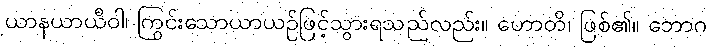
ယာနယာယီဝါ၊ ကြွင်းသောယာယဉ်ဖြင့်သွားရသည်လည်း။ ဟောတိ၊ ဖြစ်၏။ ဘောဂ